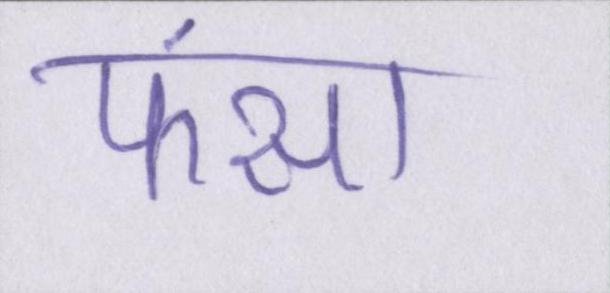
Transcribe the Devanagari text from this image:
फंसा